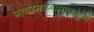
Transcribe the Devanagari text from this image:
प्रसारमाध्यमांकडून